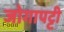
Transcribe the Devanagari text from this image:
जोगापट्टी